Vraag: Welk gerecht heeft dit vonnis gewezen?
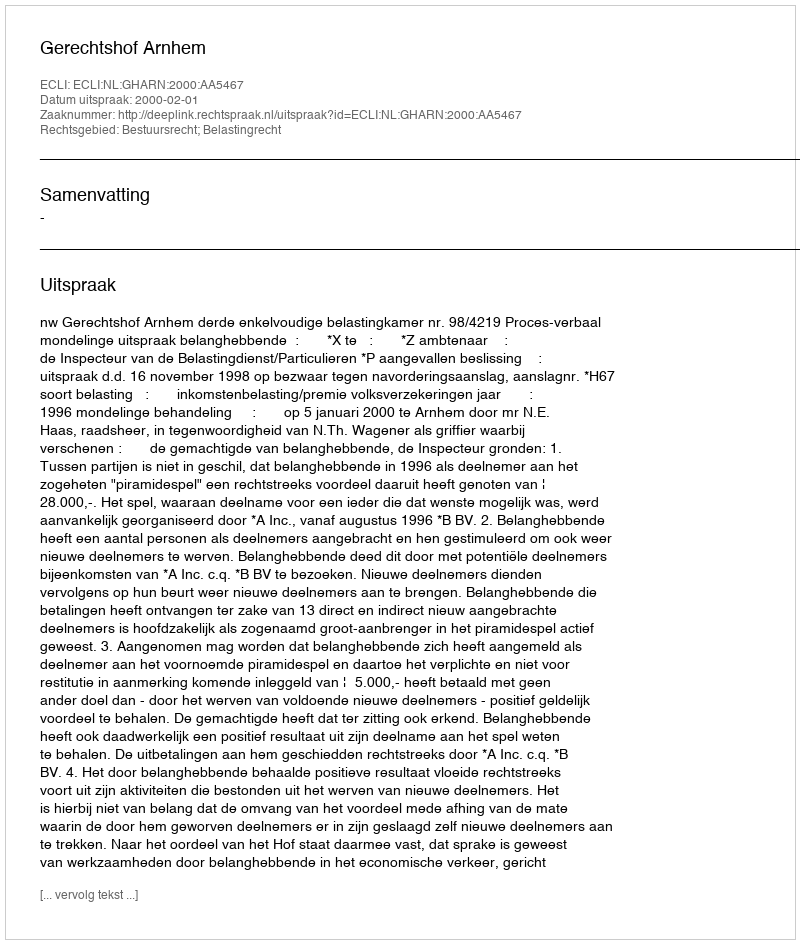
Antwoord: Gerechtshof Arnhem